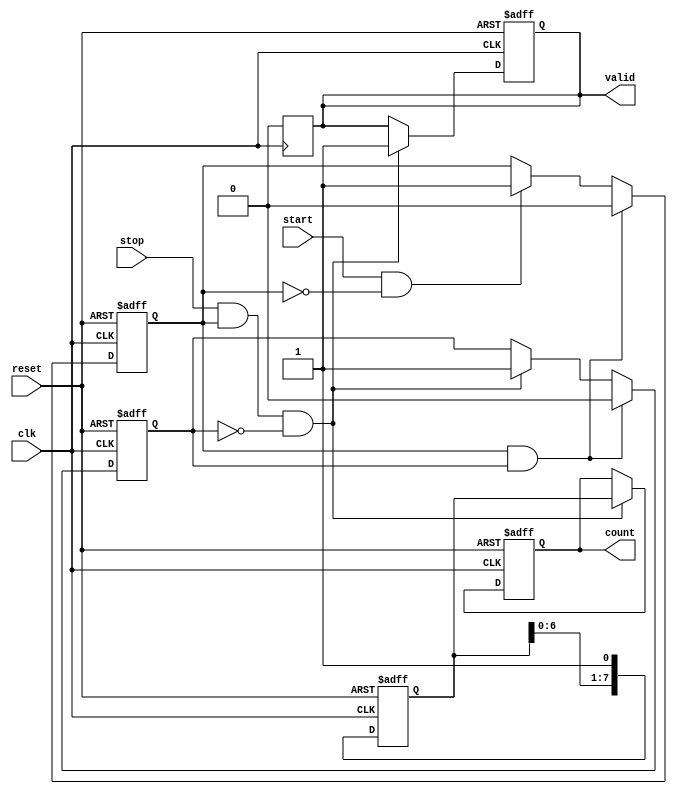
module TDC (
    input wire clk,           // Clock signal
    input wire reset,         // Reset signal
    input wire start,         // Start signal
    input wire stop,          // Stop signal
    output reg [N-1:0] count, // Digital output representing time interval
    output reg valid          // Valid output signal
);
    parameter N = 8;          // Number of bits for the output count
    parameter DELAY_COUNT = 16; // Number of delay elements in the delay line

    // Internal signal declarations
    reg [DELAY_COUNT-1:0] delay_line; // Delay line
    reg start_flag; // Flag to indicate start event
    reg stop_flag;  // Flag to indicate stop event
    reg [N-1:0] temp_count; // Temporary count for digital output

    // Initialize the delay line and output count
    always @(posedge clk or posedge reset) begin
        if (reset) begin
            delay_line <= 0;
            count <= 0;
            valid <= 0;
            start_flag <= 0;
            stop_flag <= 0;
        end else begin
            // Shift the delay line when clock is high
            delay_line <= {delay_line[DELAY_COUNT-2:0], 1'b1};

            // Handle start signal
            if (start && !start_flag) begin
                start_flag <= 1;
                temp_count <= 0; // Reset temp_count on start
            end

            // Handle stop signal
            if (stop && start_flag && !stop_flag) begin
                stop_flag <= 1;
                count <= delay_line; // Capture the state of the delay line
                valid <= 1; // Indicate valid output
            end

            // Reset flags after a period of time (to prevent multiple triggers)
            if (start_flag && stop_flag) begin
                start_flag <= 0;
                stop_flag <= 0;
            end
        end
    end

    // Output logic to clear valid signal after reading
    always @(posedge clk) begin
        if (valid) begin
            valid <= 0; // Clear valid signal after reading
        end
    end
endmodule